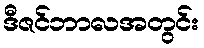
ဒီဇင်ဘာလအတွင်း